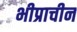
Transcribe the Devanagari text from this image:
भीप्राचीन